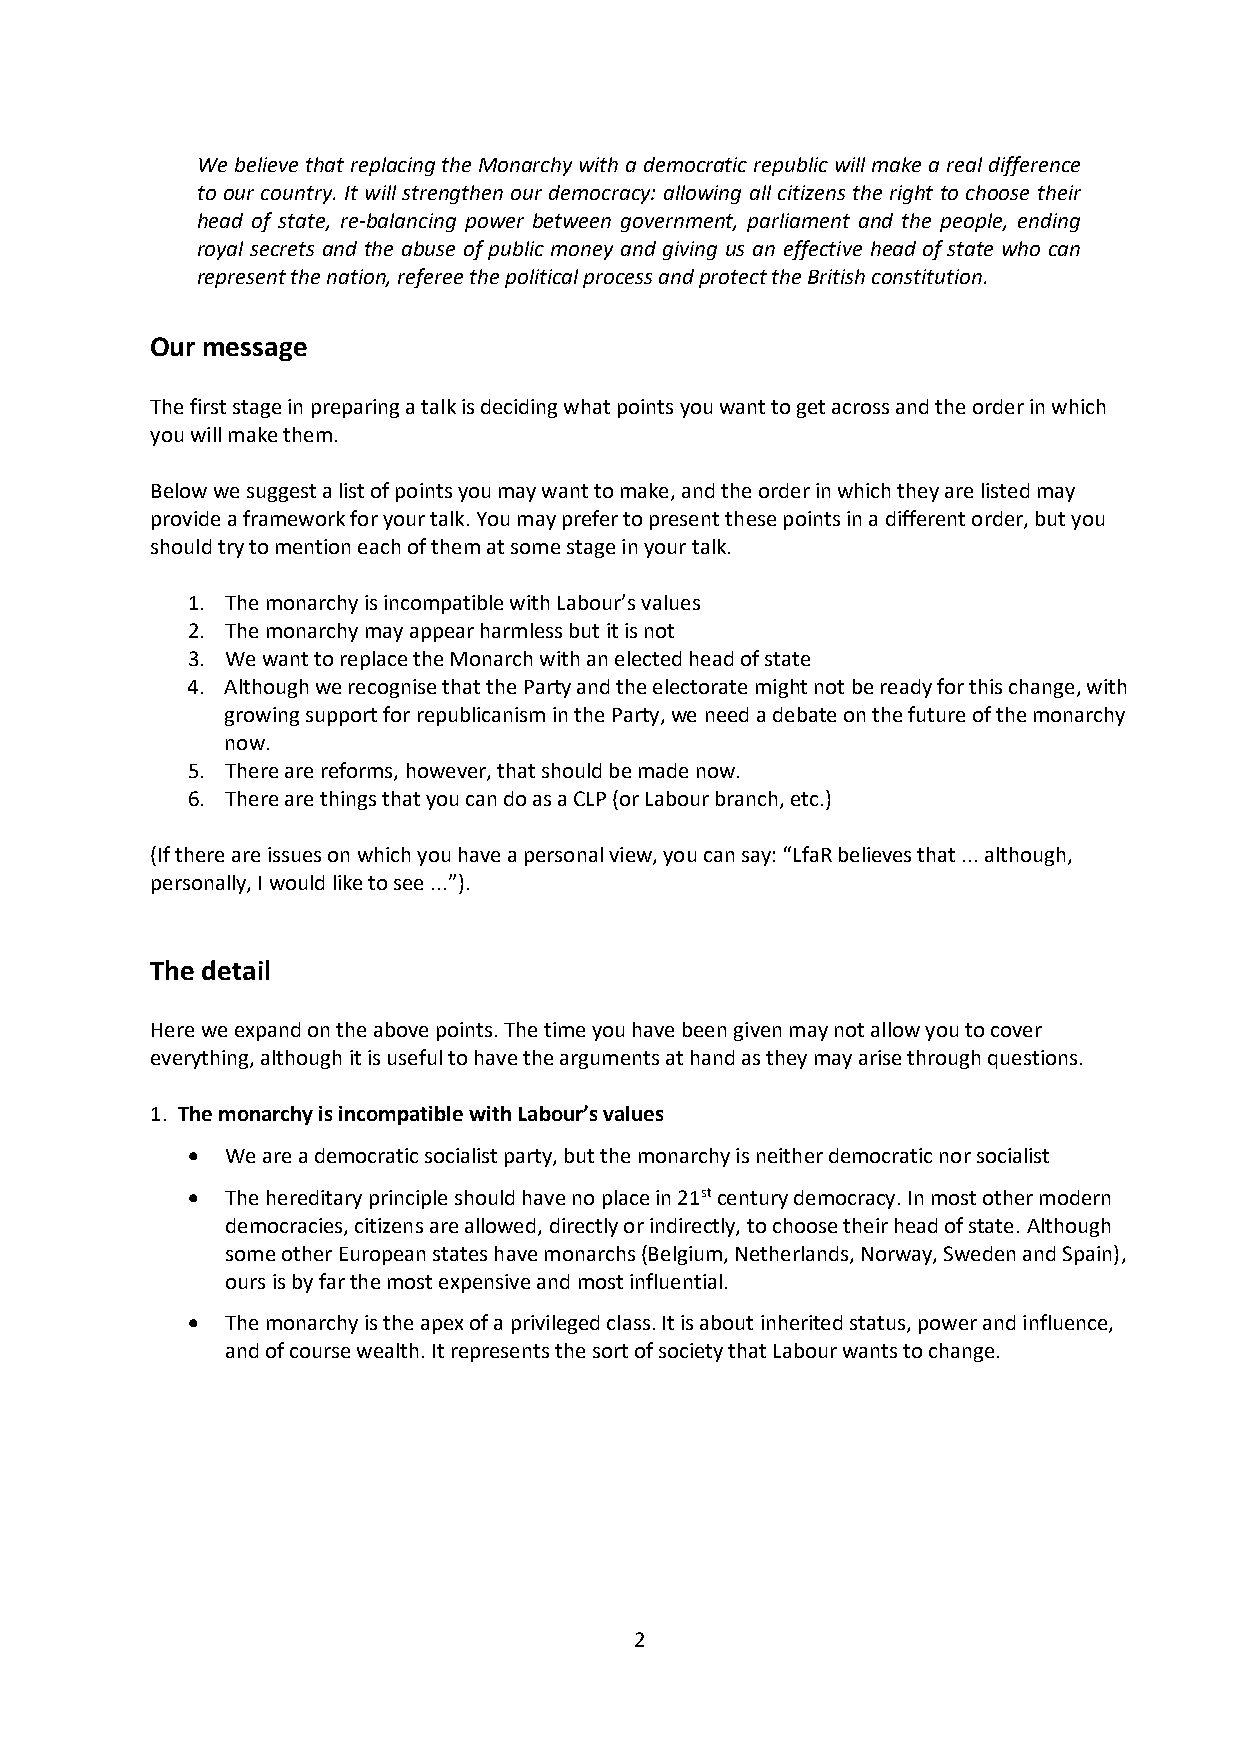
We believe that replacing the Monarchy with a democratic republic will make a real difference
 to our country. It will strengthen our democracy: allowing all citizens the right to choose their
 head of state, re-balancing power between government, parliament and the people, ending
 royal secrets and the abuse of public money and giving us an effective head of state who can
 represent the nation, referee the political process and protect the British constitution.
 Our message
 The first stage in preparing a talk is deciding what points you want to get across and the order in which
 you will make them.
 Below we suggest a list of points you may want to make, and the order in which they are listed may
 provide a framework for your talk. You may prefer to present these points in a different order, but you
 should try to mention each of them at some stage in your talk.
 1. The monarchy is incompatible with Labour’s values
 2. The monarchy may appear harmless but it is not
 3. We want to replace the Monarch with an elected head of state
 4. Although we recognise that the Party and the electorate might not be ready for this change, with
 growing support for republicanism in the Party, we need a debate on the future of the monarchy
 now.
 5. There are reforms, however, that should be made now.
 6. There are things that you can do as a CLP (or Labour branch, etc.)
 (If there are issues on which you have a personal view, you can say: “LfaR believes that ... although,
 personally, I would like to see ...”).
 The detail
 Here we expand on the above points. The time you have been given may not allow you to cover
 everything, although it is useful to have the arguments at hand as they may arise through questions.
 1. The monarchy is incompatible with Labour’s values
   We are a democratic socialist party, but the monarchy is neither democratic nor socialist
   The hereditary principle should have no place in 21st century democracy. In most other modern
 democracies, citizens are allowed, directly or indirectly, to choose their head of state. Although
 some other European states have monarchs (Belgium, Netherlands, Norway, Sweden and Spain),
 ours is by far the most expensive and most influential.
   The monarchy is the apex of a privileged class. It is about inherited status, power and influence,
 and of course wealth. It represents the sort of society that Labour wants to change.
 2